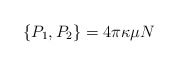
\begin{align*}\{P_1, P_2 \} =4 \pi \kappa \mu N\end{align*}